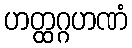
ဟတ္ထဂ္ဂဟဏံ